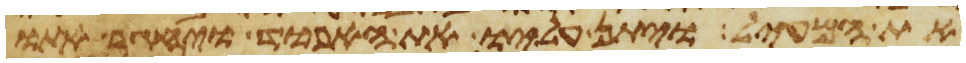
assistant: את המעיל ויתן עליו את האפוד ויחגר אתו